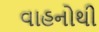
વાહનોથી